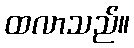
ထလာသည်။